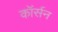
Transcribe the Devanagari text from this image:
कॉर्सन